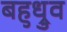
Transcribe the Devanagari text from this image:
बहुध्रुव